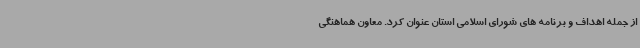
از جمله اهداف و برنامه های شورای اسلامی استان عنوان کرد. معاون هماهنگی